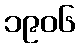
၁၉၀၆